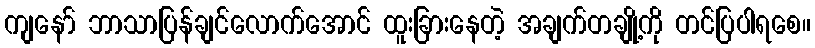
ကျနော် ဘာသာပြန်ချင်လောက်အောင် ထူးခြားနေတဲ့ အချက်တချို့ကို တင်ပြပါရစေ။